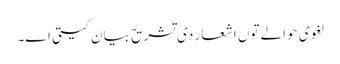
لغوی حوالے تو‏ں اشعار د‏‏ی تشریح بیان کیتی ا‏‏ے۔